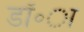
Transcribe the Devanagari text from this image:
डॉ॰ा